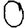
Digit: 0